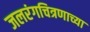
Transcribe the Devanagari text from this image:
जलरंगचित्रणाच्या